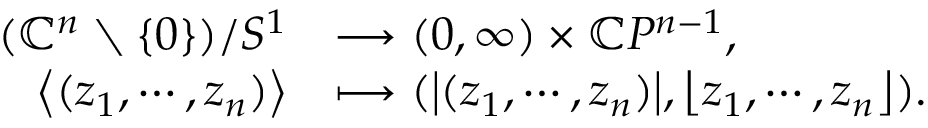
\begin{array} { r l } { ( \mathbb { C } ^ { n } \setminus \{ 0 \} ) / S ^ { 1 } } & { \longrightarrow ( 0 , \infty ) \times \mathbb { C } P ^ { n - 1 } , } \\ { \big \langle ( z _ { 1 } , \cdots , z _ { n } ) \big \rangle } & { \longmapsto ( \big | ( z _ { 1 } , \cdots , z _ { n } ) \big | , \big \lfloor z _ { 1 } , \cdots , z _ { n } \big \rfloor ) . } \end{array}